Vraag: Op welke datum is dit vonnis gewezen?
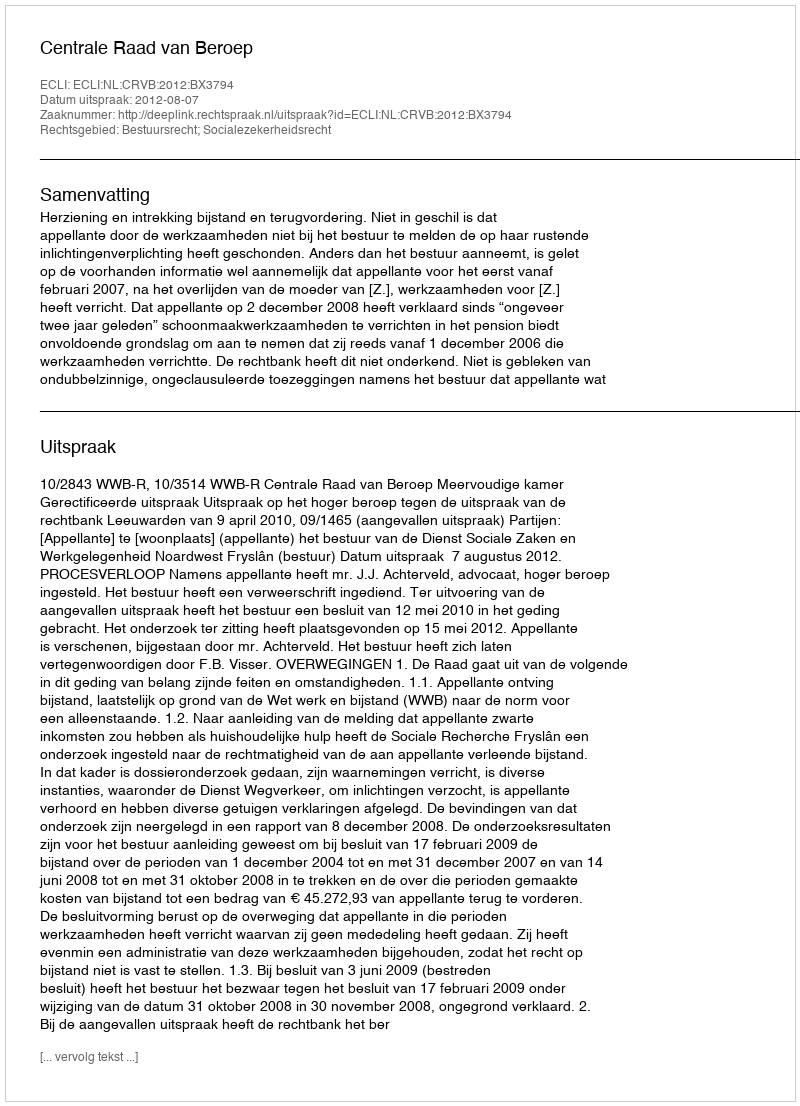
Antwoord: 2012-08-07